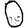
Digit: 0